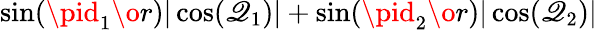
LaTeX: \sin({{\pid_{1}}\o{r}})|\cos(\mathscr{Q}_{1})|+\sin({{\pid_{2}}\o{r}})|\cos(\mathscr{Q}_{2})|